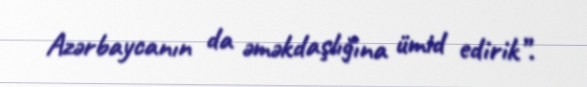
Azərbaycanın da əməkdaşlığına ümid edirik”.